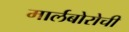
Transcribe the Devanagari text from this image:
मार्लबोरोची